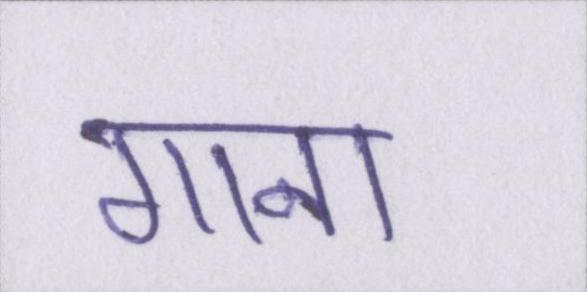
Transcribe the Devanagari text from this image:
गाना